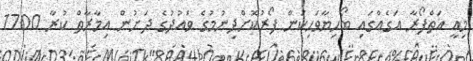
މިއީ އަތްފޯރާ އަގެއްގައި ބޯހިޔާވަހިކަން ފޯރުކޮށްދިނުމުގެ ވައުދުގެ ދަށުން އިމާރާތް ކުރާ 1700